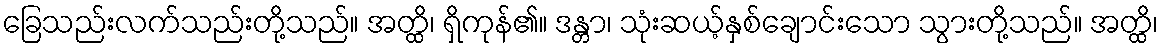
ခြေသည်းလက်သည်းတို့သည်။ အတ္ထိ၊ ရှိကုန်၏။ ဒန္တာ၊ သုံးဆယ့်နှစ်ချောင်းသော သွားတို့သည်။ အတ္ထိ၊